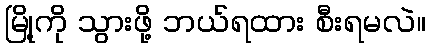
မြို့ကို သွားဖို့ ဘယ်ရထား စီးရမလဲ။